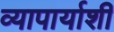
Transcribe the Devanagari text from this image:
व्यापार्याशी